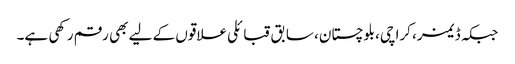
جبکہ ڈیمز، کراچی، بلوچستان، سابق قبائلی علاقوں کے لیے بھی رقم رکھی ہے۔